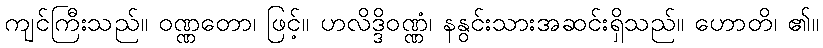
ကျင်ကြီးသည်။ ဝဏ္ဏတော၊ ဖြင့်။ ဟလိဒ္ဒိဝဏ္ဏံ၊ နနွင်းသားအဆင်းရှိသည်။ ဟောတိ၊ ၏။